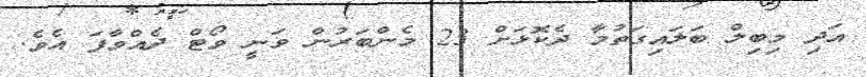
އަދި މިބިލް ބަލައިގަތުމާ ދެކޮޅަށް 23 މެންބަރުން ވަނީ ވޯޓް ދެއްވާފަ އެެވެ.